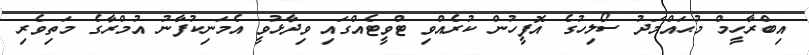
އިބްރާހީމް މުޙައްމަދު ސޯލިހުގެ އޮފީހުން ކުރެއްވި ޓްވީޓެއްގައި ވިދާޅުވީ އެމަނިކުފާނު އުމްރާގެ މަތިވެރި